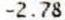
-2.78